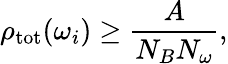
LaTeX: \rho_{\mathrm{tot}}(\omega_{i})\ge{\frac{A}{N_{B}N_{\omega}}},